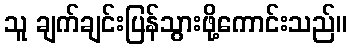
သူ ချက်ချင်းပြန်သွားဖို့ကောင်းသည်။